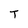
Character: T